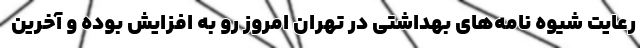
رعایت شیوه نامه‌های بهداشتی در تهران امروز رو به افزایش بوده و آخرین